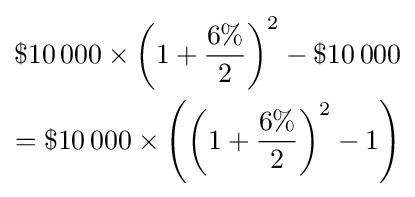
{\begin{aligned}\$10\,000\times \left(1+{\frac {6\%}{2}}\right)^{2}-\$10\,000\\=\$10\,000\times \left(\left(1+{\frac {6\%}{2}}\right)^{2}-1\right)\end{aligned}}